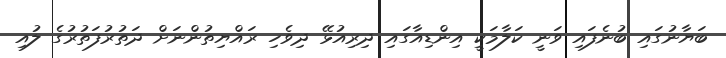
ބަޔާނުގައި ބުނެފައި ވަނީ ކަލާމަކީ އިންޑިއާގައި ދިރިއުޅޭ ދިވެހި ރައްޔިތުންނަށް ދަތުރުފަތުރުގެ ލުއި